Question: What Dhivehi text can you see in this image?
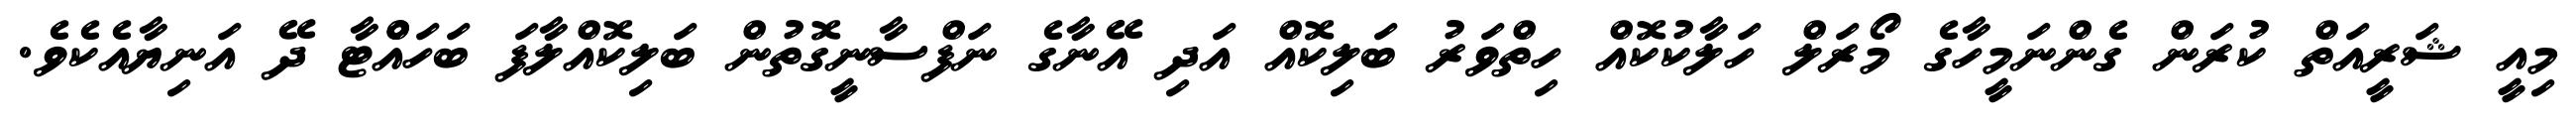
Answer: މިއީ ޝަރީއަތް ކުރަން ގެންނަމީހާގެ މޯރަލް ހަލާކުކޮއް ހިތްވަރު ބަލިކޮއް އަދި އޭނާގެ ނަފްސާނީގޮތުން ބަލިކޮއްލާފަ ބަހައްްޓާ ދޭ އަނިޔާއެކެވެ.